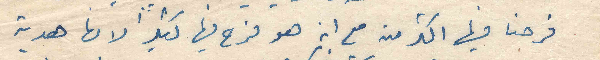
فرحنا فيها اكتر منه مع انه هو فرح فيها كتير لانها هدية